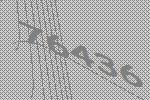
76436